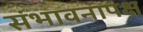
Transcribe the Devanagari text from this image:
संभावनापक्ष